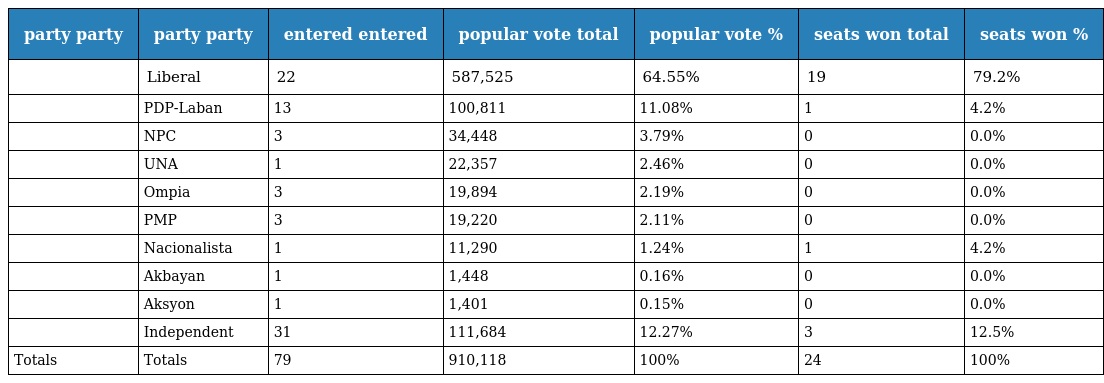
| party party | party party | entered entered | popular vote total | popular vote % | seats won total | seats won % |
 | --- | --- | --- | --- | --- | --- | --- |
 |  | Liberal | 22 | 587,525 | 64.55% | 19 | 79.2% |
 |  | PDP-Laban | 13 | 100,811 | 11.08% | 1 | 4.2% |
 |  | NPC | 3 | 34,448 | 3.79% | 0 | 0.0% |
 |  | UNA | 1 | 22,357 | 2.46% | 0 | 0.0% |
 |  | Ompia | 3 | 19,894 | 2.19% | 0 | 0.0% |
 |  | PMP | 3 | 19,220 | 2.11% | 0 | 0.0% |
 |  | Nacionalista | 1 | 11,290 | 1.24% | 1 | 4.2% |
 |  | Akbayan | 1 | 1,448 | 0.16% | 0 | 0.0% |
 |  | Aksyon | 1 | 1,401 | 0.15% | 0 | 0.0% |
 |  | Independent | 31 | 111,684 | 12.27% | 3 | 12.5% |
 | Totals | Totals | 79 | 910,118 | 100% | 24 | 100% |